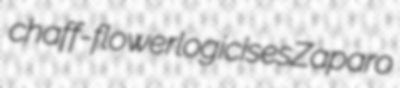
chaff-flower logicises Zaparo